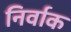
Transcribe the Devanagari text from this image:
निर्वाक